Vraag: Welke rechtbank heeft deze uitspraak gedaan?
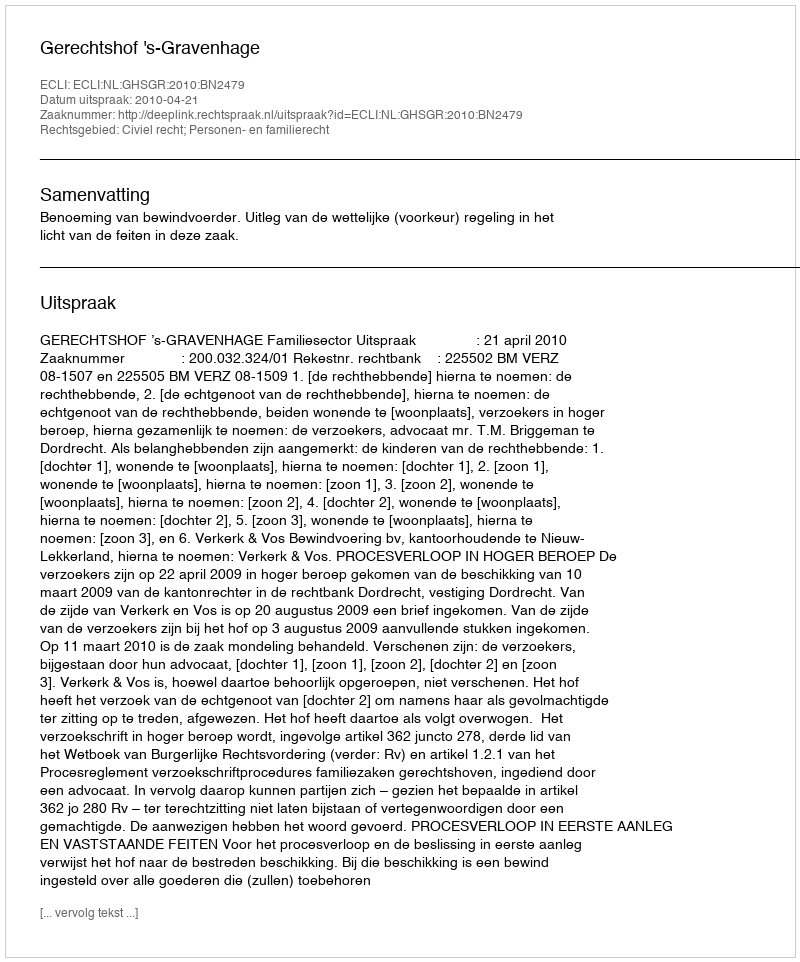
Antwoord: Gerechtshof 's-Gravenhage